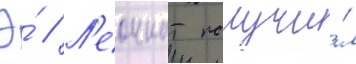
Э́ // Л'еоннат получи́л